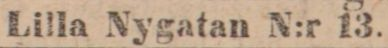
Lilla Nygatan N:r 13.